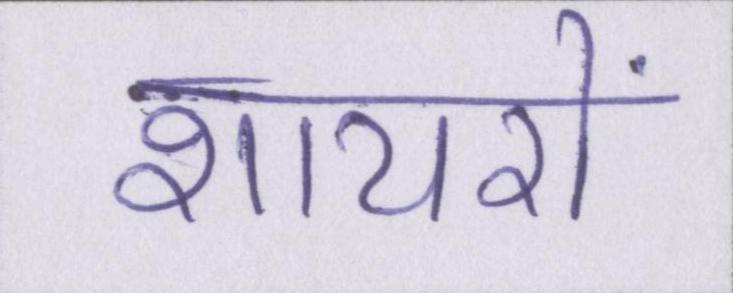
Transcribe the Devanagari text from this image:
शायरों